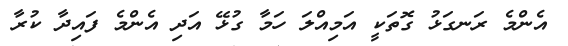
އެންމެ ރަނގަޅު ގޮތަކީ އަމިއްލަ ހަމާ ގުޅޭ އަދި އެންމެ ފައިދާ ކުރާ